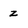
Character: z